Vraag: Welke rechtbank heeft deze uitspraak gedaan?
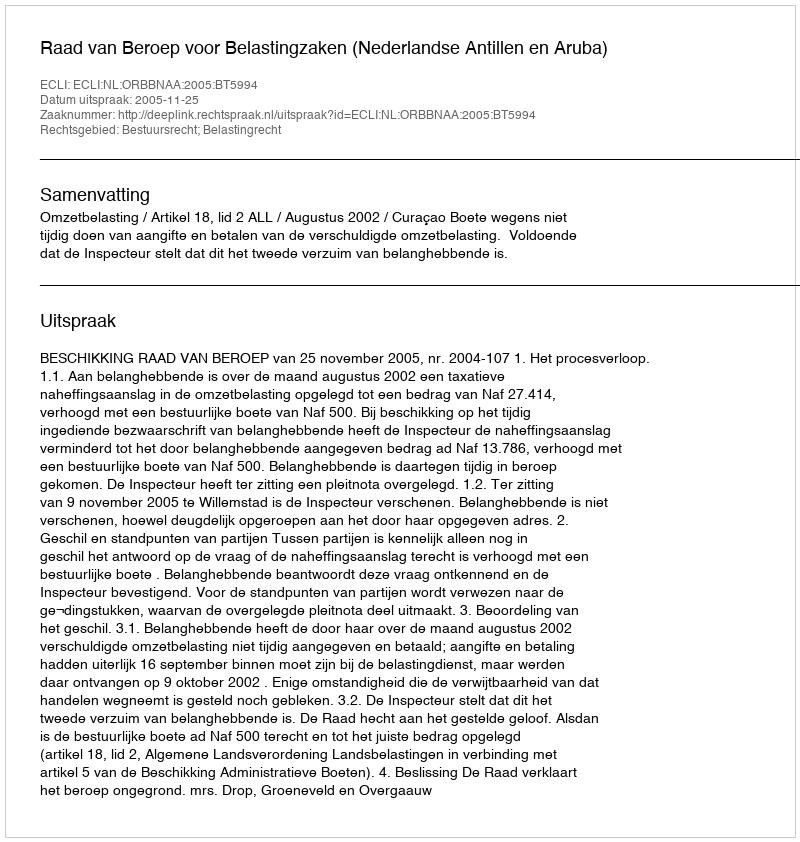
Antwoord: Raad van Beroep voor Belastingzaken (Nederlandse Antillen en Aruba)